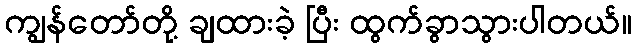
ကျွန်တော်တို့ ချထားခဲ့ ပြီး ထွက်ခွာသွားပါတယ်။